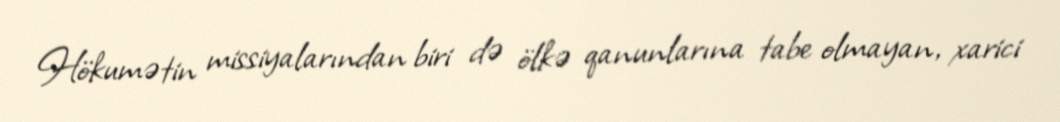
Hökumətin missiyalarından biri də ölkə qanunlarına tabe olmayan, xarici